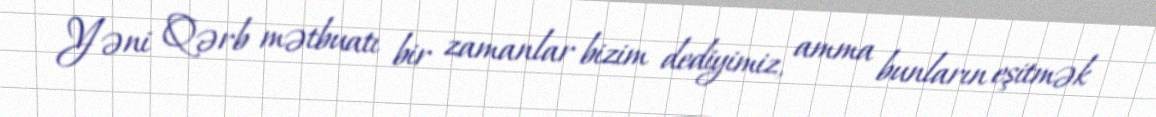
Yəni Qərb mətbuatı bir zamanlar bizim dediyimiz, amma bunların eşitmək